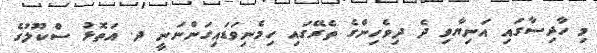
މި ހާދިސާގައި އަނިޔާވި ދެ ދިވެހިންގެ ތެރޭގައި ހިމެނިވަޑައިގަންނަނީ ދ. އަތޮޅު ސްކޫލުގެ